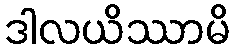
ဒါလယိဿာမိ